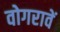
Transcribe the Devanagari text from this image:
वोगरावें